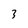
Character: 3